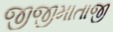
જીજીમાતાજી